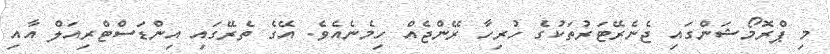
މި ޕްރޮމޯޝަންގައި ޖެނެރޭޓަރުތަކުގެ ހުރިހާ ރޭންޖެއް ހިމެނެއެވެ. އޭގެ ތެރޭގައި އިންޑަސްޓްރިއަލް އާއި